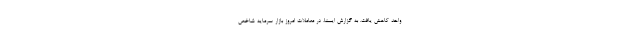
واحد کاهش یافت. به گزارش ایسنا، در معاملات امروز بازار سرمایه شاخص